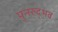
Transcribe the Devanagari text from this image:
पुनरुद्भव